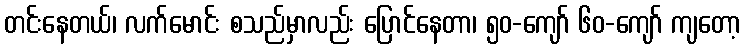
တင်းနေတယ်၊ လက်မောင်း စသည်မှာလည်း ပြောင်နေတာ၊ ၅၀-ကျော် ၆၀-ကျော် ကျတော့